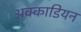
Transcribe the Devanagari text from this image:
अक्काडियन